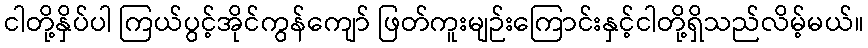
ငါတို့နှိပ်ပါ ကြယ်ပွင့်အိုင်ကွန်ကျော် ဖြတ်ကူးမျဉ်းကြောင်းနှင့်ငါတို့ရှိသည်လိမ့်မယ်။